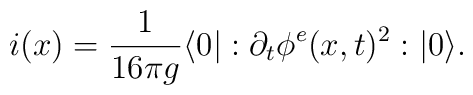
i(x)=\frac{1}{16 \pi g} \langle 0| :\partial_t \phi^e (x,t)^2:|0\rangle .